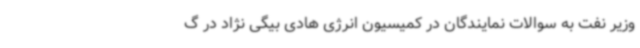
وزیر نفت به سوالات نمایندگان در کمیسیون انرژی هادی بیگی نژاد در گ